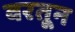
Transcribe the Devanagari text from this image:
वरतून